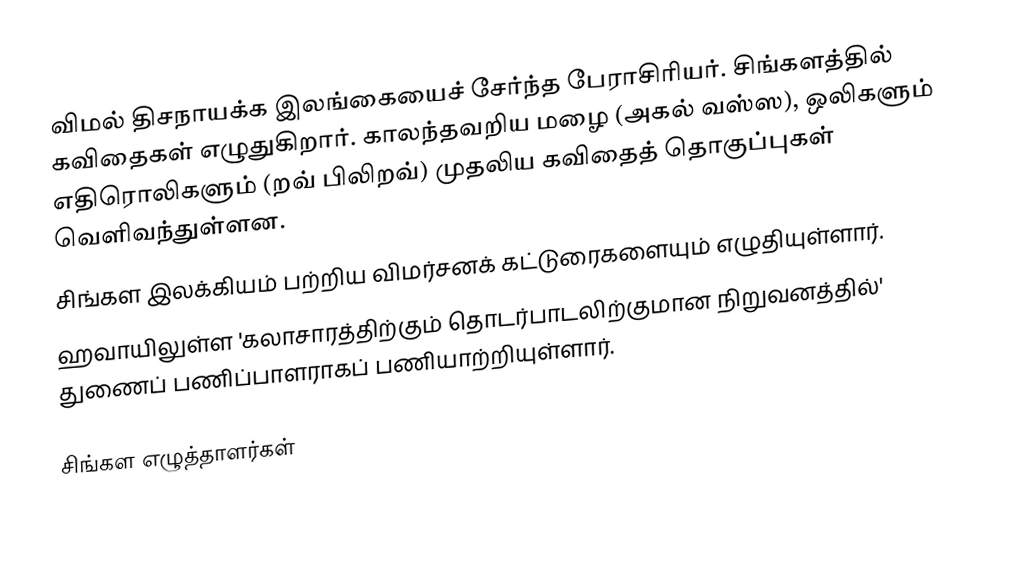
விமல் திசநாயக்க இலங்கையைச் சேர்ந்த பேராசிரியர். சிங்களத்தில் கவிதைகள் எழுதுகிறார். காலந்தவறிய மழை (அகல் வஸ்ஸ), ஒலிகளும் எதிரொலிகளும் (றவ் பிலிறவ்) முதலிய கவிதைத் தொகுப்புகள் வெளிவந்துள்ளன.
சிங்கள இலக்கியம் பற்றிய விமர்சனக் கட்டுரைகளையும் எழுதியுள்ளார்.
ஹவாயிலுள்ள 'கலாசாரத்திற்கும் தொடர்பாடலிற்குமான நிறுவனத்தில்' துணைப் பணிப்பாளராகப் பணியாற்றியுள்ளார்.

சிங்கள எழுத்தாளர்கள்